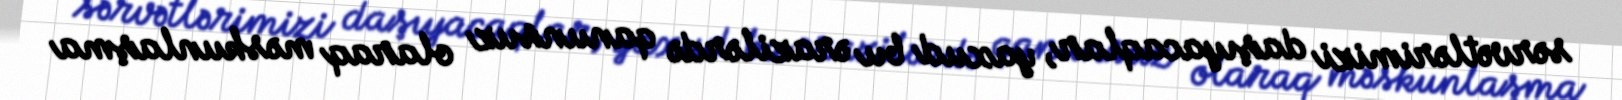
sərvətlərimizi daşıyacaqlar, yaxud bu ərazilərdə qanunsuz olaraq məskunlaşma